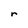
Character: r